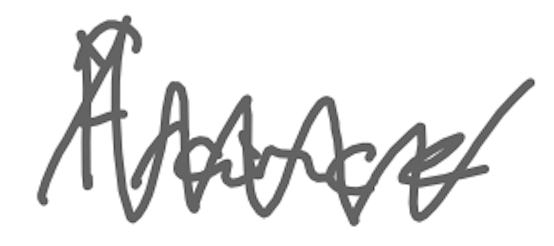
Text: France
Cross-out: zig-zag
Writing tool: digital_gray